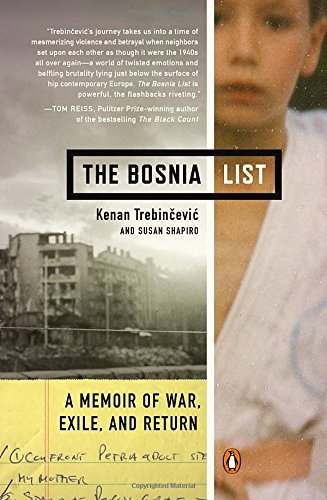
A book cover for The Bosnia List: A Memoir of War, Exile, and Return; Kenan Trebincevic; History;